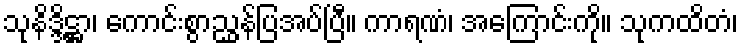
သုနိဒ္ဒိဋ္ဌာ၊ ကောင်းစွာညွှန်ပြအပ်ပြီ။ ကာရဏံ၊ အကြောင်းကို။ သုကထိတံ၊